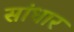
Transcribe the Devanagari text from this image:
सांधार